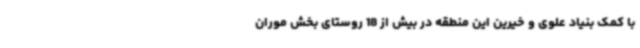
با کمک بنیاد علوی و خیرین این منطقه در بیش از 18 روستای بخش موران